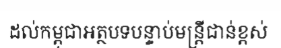
ដល់កម្ពុជាអត្ថបទបន្ទាប់មន្ត្រីជាន់ខ្ពស់